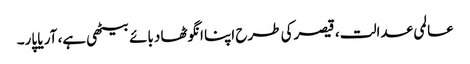
عالمی عدالت، قیصرکی طرح اپنا انگوٹھا دبائے بیٹھی ہے، آر یا پار۔